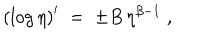
\left( \log \eta \right) ^ { \prime } \; = \; \pm B \, \eta ^ { \beta - 1 } \; ,